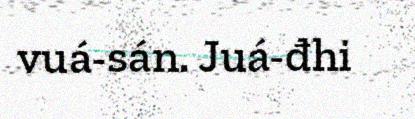
vuá-sán. Juá-đhi